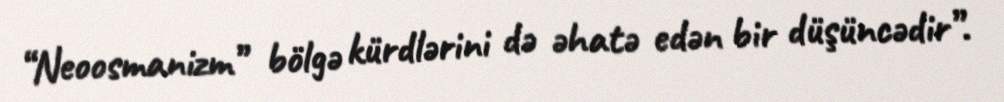
“Neoosmanizm” bölgə kürdlərini də əhatə edən bir düşüncədir”.